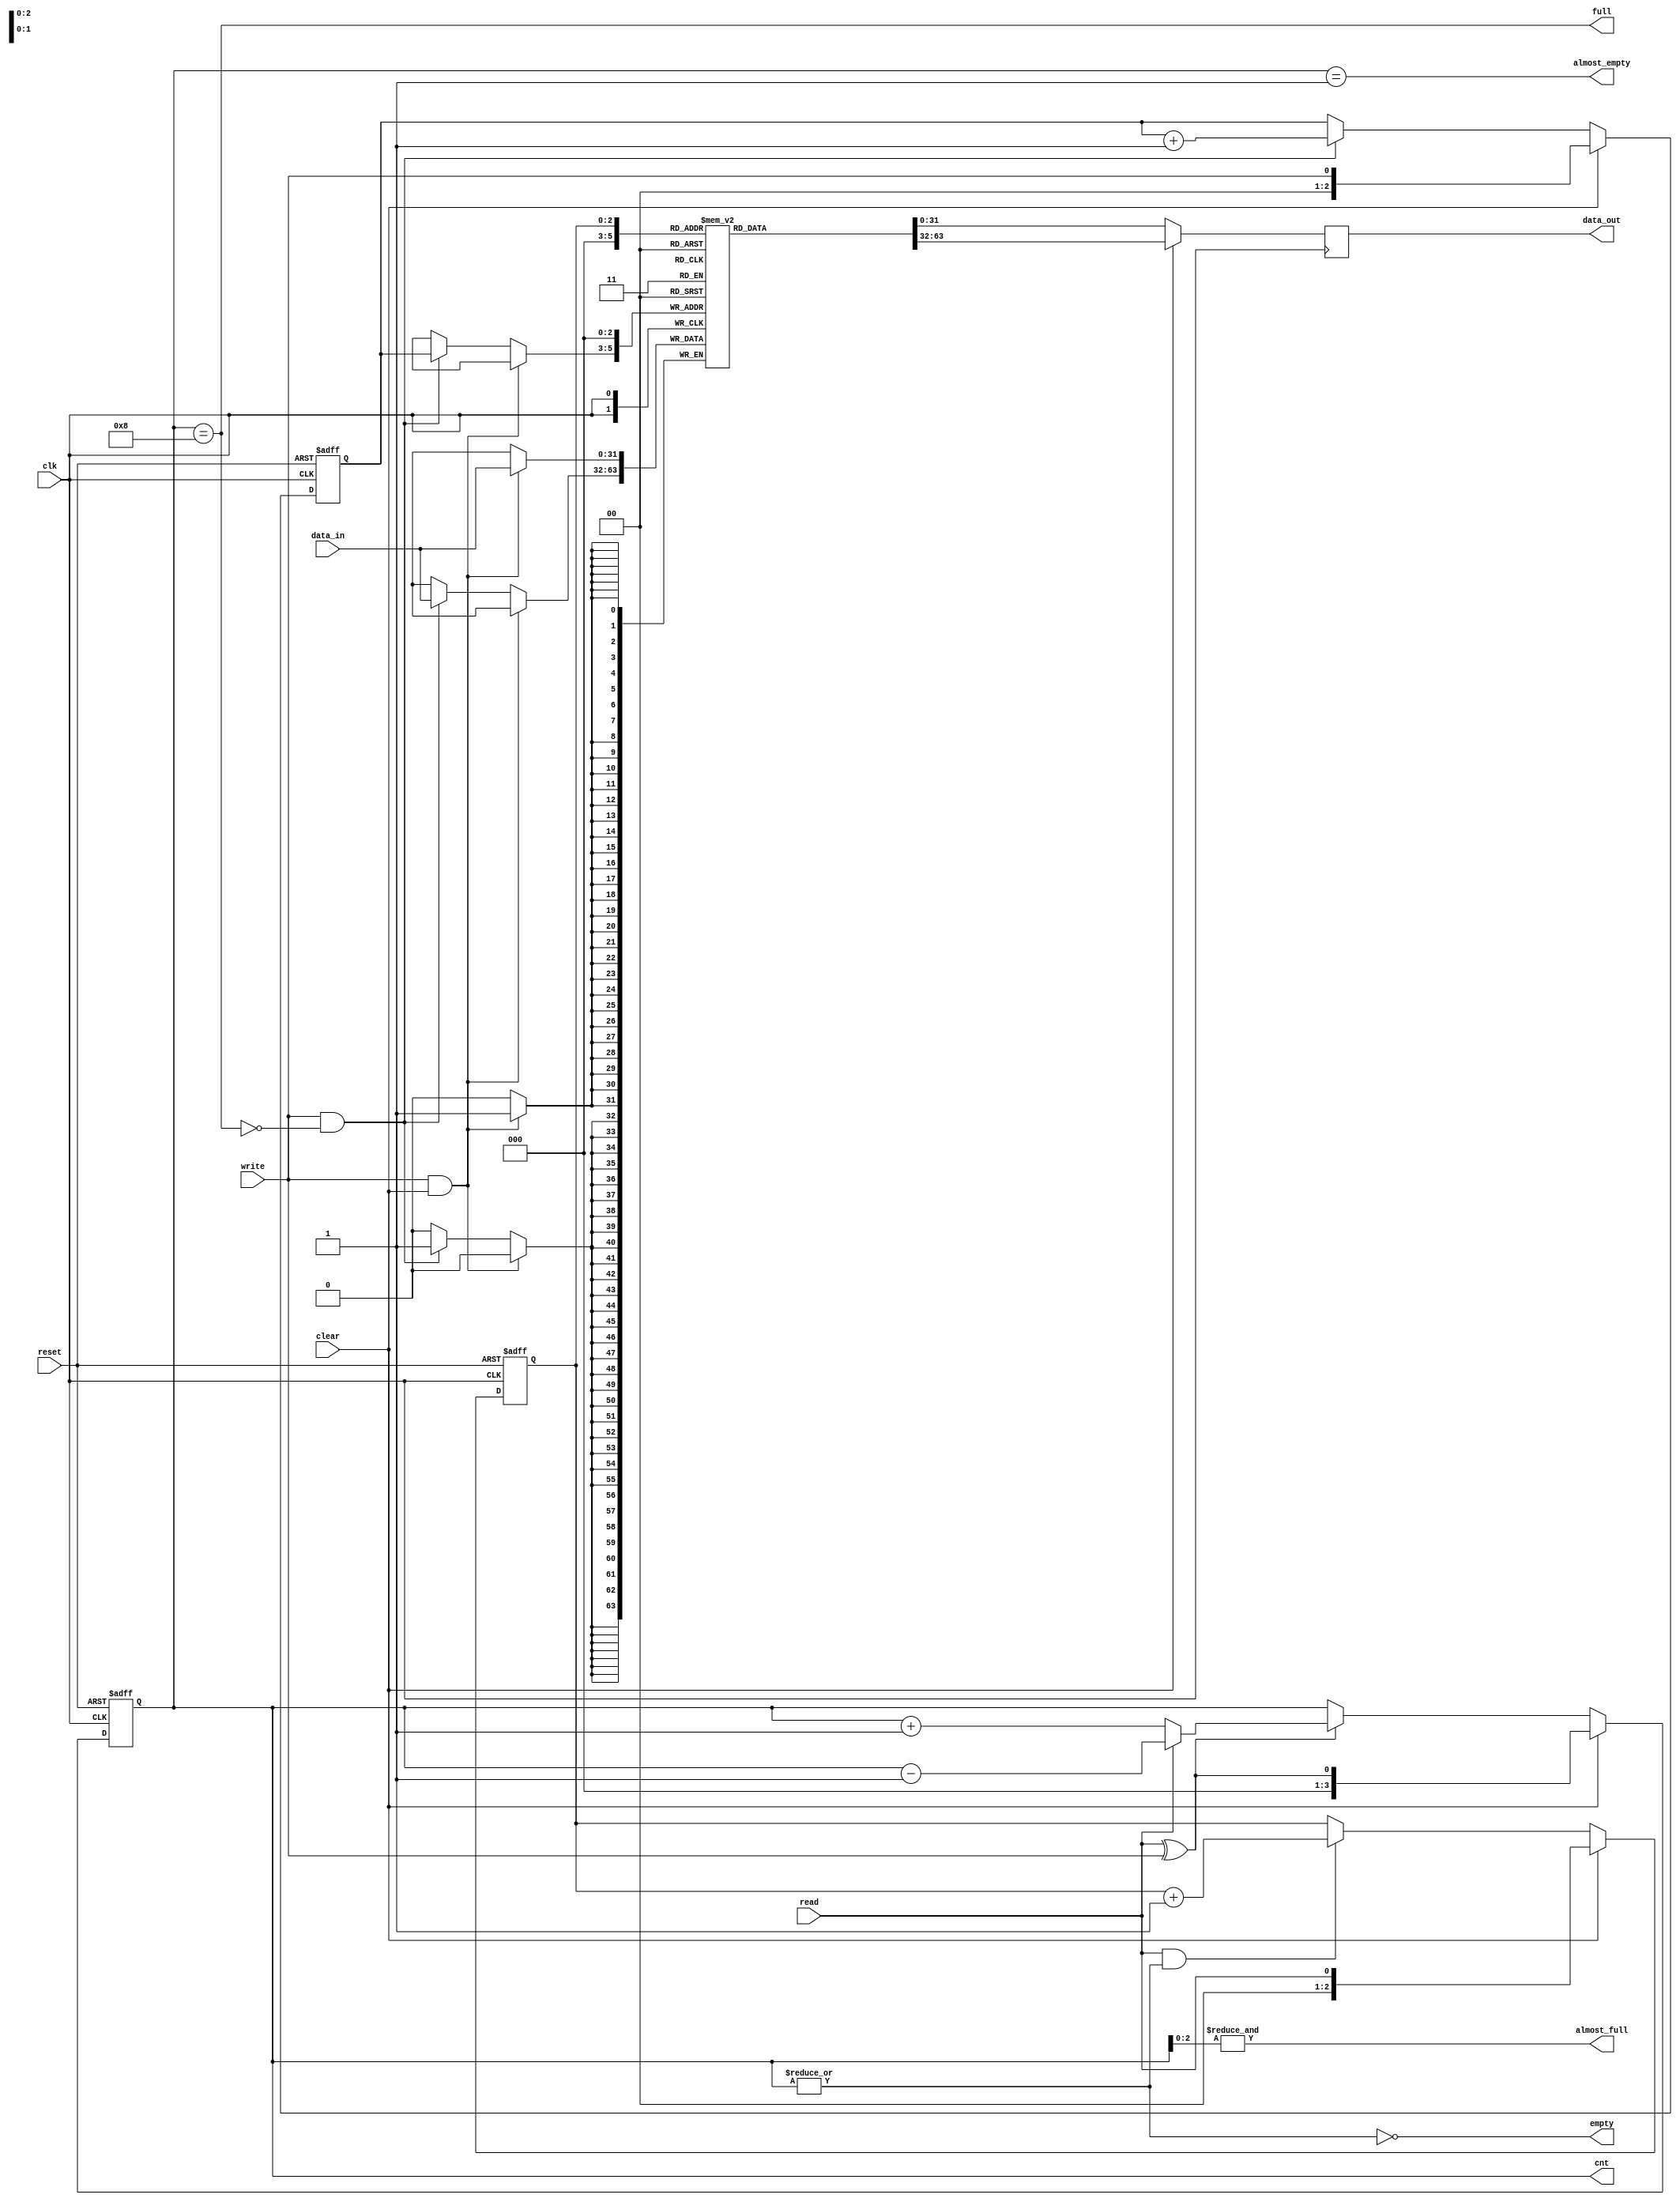
module eth_fifo (data_in, data_out, clk, reset, write, read, clear, almost_full, full, almost_empty, empty, cnt);

parameter DATA_WIDTH    = 32;
parameter DEPTH         = 8;
parameter CNT_WIDTH     = 4;

parameter Tp            = 1;

input                     clk;
input                     reset;
input                     write;
input                     read;
input                     clear;
input   [DATA_WIDTH-1:0]  data_in;

output  [DATA_WIDTH-1:0]  data_out;
output                    almost_full;
output                    full;
output                    almost_empty;
output                    empty;
output  [CNT_WIDTH-1:0]   cnt;

`ifndef XILINX_SPARTAN6_FPGA
    reg     [DATA_WIDTH-1:0]  fifo  [0:DEPTH-1];
    reg     [DATA_WIDTH-1:0]  data_out;
`endif

reg     [CNT_WIDTH-1:0]   cnt;
reg     [CNT_WIDTH-2:0]   read_pointer;
reg     [CNT_WIDTH-2:0]   write_pointer;


always @ (posedge clk or posedge reset)
begin
  if(reset)
    cnt <=#Tp 0;
  else
  if(clear)
    cnt <=#Tp { {(CNT_WIDTH-1){1'b0}}, read^write};
  else
  if(read ^ write)
    if(read)
      cnt <=#Tp cnt - 1'b1;
    else
      cnt <=#Tp cnt + 1'b1;
end

always @ (posedge clk or posedge reset)
begin
  if(reset)
    read_pointer <=#Tp 0;
  else
  if(clear)
    read_pointer <=#Tp { {(CNT_WIDTH-2){1'b0}}, read};
  else
  if(read & ~empty)
    read_pointer <=#Tp read_pointer + 1'b1;
end

always @ (posedge clk or posedge reset)
begin
  if(reset)
    write_pointer <=#Tp 0;
  else
  if(clear)
    write_pointer <=#Tp { {(CNT_WIDTH-2){1'b0}}, write};
  else
  if(write & ~full)
    write_pointer <=#Tp write_pointer + 1'b1;
end

assign empty = ~(|cnt);
assign almost_empty = cnt == 1;
assign full  = cnt == DEPTH;
assign almost_full  = &cnt[CNT_WIDTH-2:0];



`ifdef XILINX_SPARTAN6_FPGA
  xilinx_dist_ram_16x32 fifo
  ( .data_out(data_out), 
    .we(write & ~full),
    .data_in(data_in),
    .read_address( clear ? {CNT_WIDTH-1{1'b0}} : read_pointer),
    .write_address(clear ? {CNT_WIDTH-1{1'b0}} : write_pointer),
    .wclk(clk)
  );
`else
  always @ (posedge clk)
  begin
    if(write & clear)
      fifo[0] <=#Tp data_in;
    else
   if(write & ~full)
      fifo[write_pointer] <=#Tp data_in;
  end
  

  always @ (posedge clk)
  begin
    if(clear)
      data_out <=#Tp fifo[0];
    else
      data_out <=#Tp fifo[read_pointer];
  end
`endif


endmodule